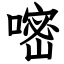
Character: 嘧